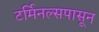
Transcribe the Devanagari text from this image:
टर्मिनल्सपासून